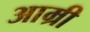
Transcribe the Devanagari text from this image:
आम्री